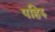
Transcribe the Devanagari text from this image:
पहिरु